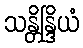
သန္တိန္ဒြိယံ